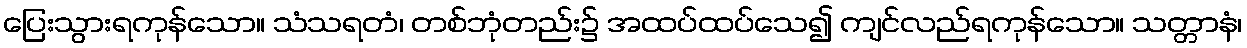
ပြေးသွားရကုန်သော။ သံသရတံ၊ တစ်ဘုံတည်း၌ အထပ်ထပ်သေ၍ ကျင်လည်ရကုန်သော။ သတ္တာနံ၊